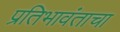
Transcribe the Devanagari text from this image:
प्रतिभावंताचा